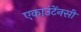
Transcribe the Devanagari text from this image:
एकाउंटेंनसी